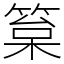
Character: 䈢